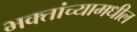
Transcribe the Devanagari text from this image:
भक्तांच्यामधील